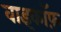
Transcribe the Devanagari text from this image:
वाइकॉफ़